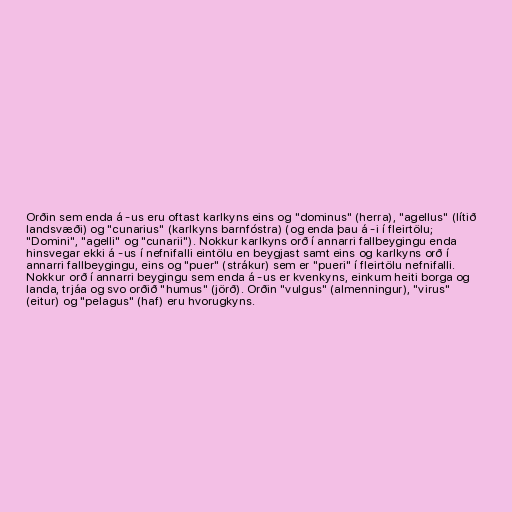
Orðin sem enda á -us eru oftast karlkyns eins og "dominus" (herra), "agellus" (lítið
landsvæði) og "cunarius" (karlkyns barnfóstra) (og enda þau á -i í fleirtölu;
"Domini", "agelli" og "cunarii"). Nokkur karlkyns orð í annarri fallbeygingu enda
hinsvegar ekki á -us í nefnifalli eintölu en beygjast samt eins og karlkyns orð í
annarri fallbeygingu, eins og "puer" (strákur) sem er "pueri" í fleirtölu nefnifalli.
Nokkur orð í annarri beygingu sem enda á -us er kvenkyns, einkum heiti borga og
landa, trjáa og svo orðið "humus" (jörð). Orðin "vulgus" (almenningur), "virus"
(eitur) og "pelagus" (haf) eru hvorugkyns.